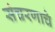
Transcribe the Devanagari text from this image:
संचरणाचे